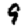
Digit: 9